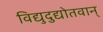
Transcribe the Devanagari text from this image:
विद्युदुद्योतवान्